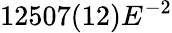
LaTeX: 12507(12)E^{-2}